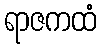
ရာဇကထံ